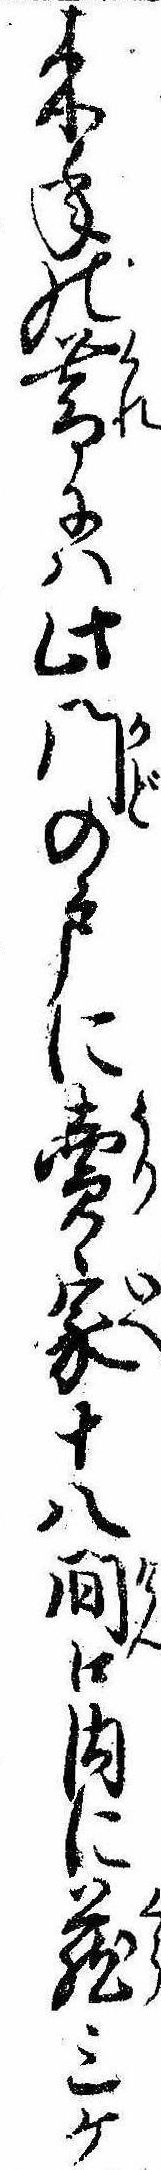
来年の暮には此門の戸に売家十八間口内に蔵三ケ